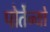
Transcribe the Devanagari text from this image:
पोर्तेन्यो